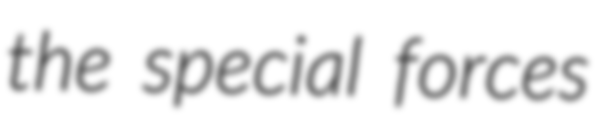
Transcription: the special forces